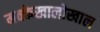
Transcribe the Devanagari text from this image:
मक्केखालोखाल